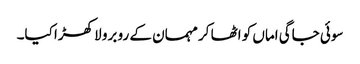
سوئی جاگی اماں کو اٹھا کر مہمان کے رو برو لا کھڑا کیا۔